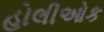
હોલીઓક